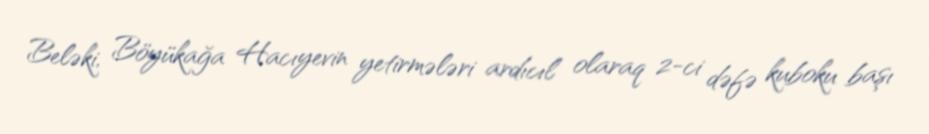
Beləki, Böyükağa Hacıyevin yetirmələri ardıcıl olaraq 2-ci dəfə kuboku başı